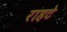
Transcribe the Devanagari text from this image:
राहटे